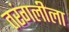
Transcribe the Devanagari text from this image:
तरंगलीला